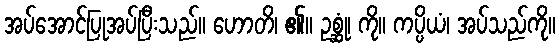
အပ်အောင်ပြုအပ်ပြီးသည်။ ဟောတိ၊ ၏။ ဥစ္ဆုံ၊ ကို။ ကပ္ပိယံ၊ အပ်သည်ကို။